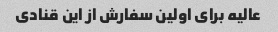
عالیه برای اولین سفارش از این قنادی